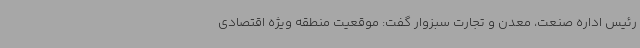
رئیس اداره صنعت، معدن و تجارت سبزوار گفت: موقعیت منطقه ویژه اقتصادی